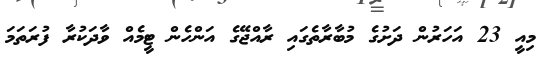
މިއީ 23 އަހަރުން ދަށުގެ މުބާރާތެގައި ރާއްޖޭގެ އަންހެން ޓީމެއް ވާދަކުރާ ފުރަތަމަ